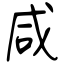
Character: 咸